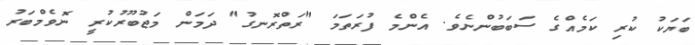
ބަޔަކު ކުރި ކަމެއްގެ ސަބަބުންނެވެ. އެންމެ ފުރަތަމަ "ރަތްރޮނގު" ދަމަން މަޖުބޫރުކުރީ ނޮވެމްބަރު